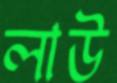
লাউ